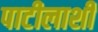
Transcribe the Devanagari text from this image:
पाटीलाशी